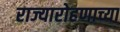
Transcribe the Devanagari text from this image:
राज्यारोहणाच्या